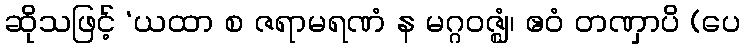
ဆိုသဖြင့် ‘ယထာ စ ဇရာမရဏံ န မဂ္ဂဝဇ္ဈံ၊ ဧဝံ တဏှာပိ (ပေ